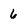
Character: 6